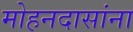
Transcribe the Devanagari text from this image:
मोहनदासांना